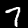
Digit: 7